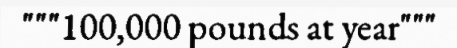
"""100,000 pounds at year"""